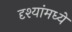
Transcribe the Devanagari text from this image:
दृश्यांमध्ये